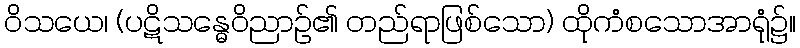
ဝိသယေ၊ (ပဋိသန္ဓေဝိညာဉ်၏ တည်ရာဖြစ်သော) ထိုကံစသောအာရုံ၌။